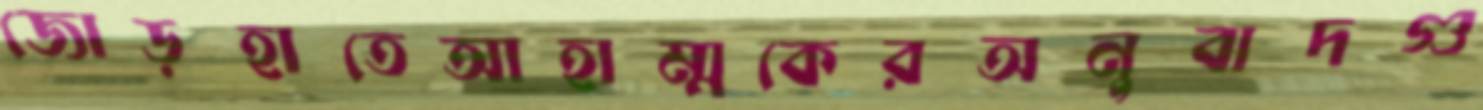
জোড়হাতেআহাম্মকেরঅনুবাদগু